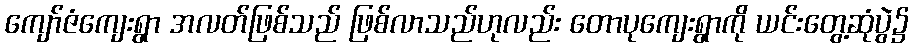
ကျော်ဇံကျေးရွာ အလတ်ဖြစ်သည် ဖြစ်လာသည်ဟုလည်း တောပုကျေးရွာကို ယင်းတွေ့ဆုံပွဲ၌